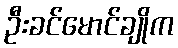
ဦးခင်မောင်ချိုက